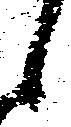
候